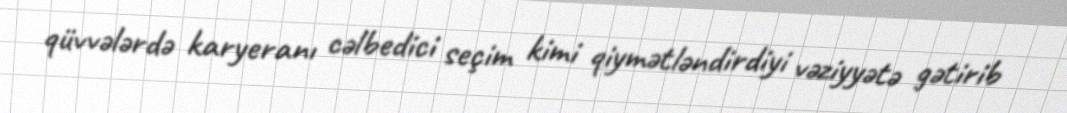
qüvvələrdə karyeranı cəlbedici seçim kimi qiymətləndirdiyi vəziyyətə gətirib